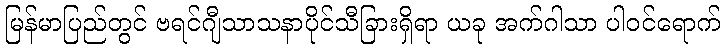
မြန်မာပြည်တွင် ဗရင်ဂျီသာသနာပိုင်သီခြားရှိရာ ယခု အက်ဂါသာ ပါဝင်ရောက်